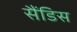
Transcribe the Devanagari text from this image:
सैंडिस